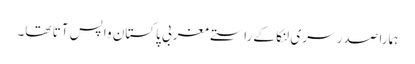
ہمارا صدر سری لنکا کے راستے مغربی پاکستان واپس آتا تھا۔